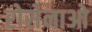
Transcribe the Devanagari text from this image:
रोसेनाओ